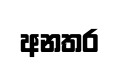
අනතර